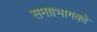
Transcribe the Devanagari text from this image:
समग्रभागको